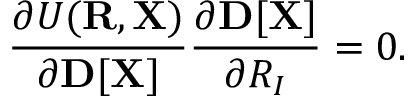
{ \displaystyle \frac { \partial { \cal U } ( { \bf R } , { \bf X } ) } { \partial { \bf D } [ { \bf X } ] } \frac { \partial { \bf D } [ { \bf X } ] } { \partial R _ { I } } = 0 } .